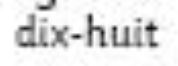
dix-huit